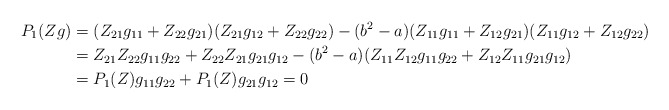
\begin{align*}P_1(Zg)&=(Z_{21}g_{11}+Z_{22}g_{21})(Z_{21}g_{12}+Z_{22}g_{22})-(b^2-a)(Z_{11}g_{11}+Z_{12}g_{21})(Z_{11}g_{12}+Z_{12}g_{22})\\&=Z_{21}Z_{22}g_{11}g_{22}+Z_{22}Z_{21}g_{21}g_{12}-(b^2-a)(Z_{11}Z_{12}g_{11}g_{22}+Z_{12}Z_{11}g_{21}g_{12})\\&=P_1(Z)g_{11}g_{22}+P_1(Z)g_{21}g_{12}=0\end{align*}